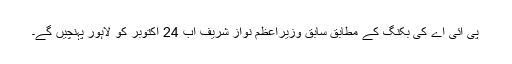
پی آئی اے کی بکنگ کے مطابق سابق وزیراعظم نواز شریف اب 24 اکتوبر کو لاہور پہنچیں گے۔